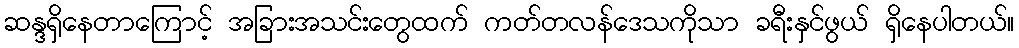
ဆန္ဒရှိနေတာကြောင့် အခြားအသင်းတွေထက် ကတ်တလန်ဒေသကိုသာ ခရီးနှင်ဖွယ် ရှိနေပါတယ်။